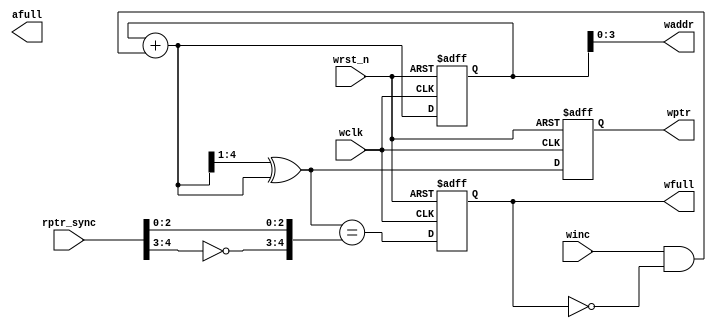
module WPTR_FULL #(parameter ASIZE = 4)
(
input                         wclk,                         //write clock
input                         wrst_n,                       //asyn write reset
input                         winc,                         //write enable
input      [ASIZE:0]          rptr_sync,                    //read address synchronized to write clock region(gray code)

output reg [ASIZE:0]          wptr,                         //write address(gray code)
output     [ASIZE-1:0]        waddr,                        //write address(binary code)
output reg                    afull,                        //almost full
output reg                    wfull                         //fifo full
);

reg        [ASIZE:0]          wbin;                         //write address binary
wire       [ASIZE:0]          wbnext;                       //write address next
wire       [ASIZE:0]          wgnext;                       //write address next

wire                          isafull;
wire                          isfull;

//next address
assign wbnext = wbin + (winc & ~wfull);                     //increase binary address if write enable and fifo not full
assign wgnext = (wbnext>>1) ^ wbnext;
always @(posedge wclk or negedge wrst_n)
	if(wrst_n == 1'b0)
		{wbin, wptr} <= 0;
    else
		{wbin, wptr} <= {wbnext, wgnext};

assign waddr = wbin[ASIZE-1:0];

//full generation
assign isfull = (wgnext == {~rptr_sync[ASIZE:ASIZE-1], rptr_sync[ASIZE-2:0]});
always @(posedge wclk or negedge wrst_n)
	if(wrst_n == 1'b0)
		wfull <= 1'b0;
    else
		wfull <= isfull;

endmodule